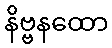
နိဗ္ဗနထော